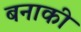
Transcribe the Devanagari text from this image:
बनाकी